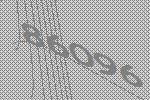
86096